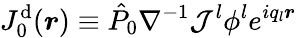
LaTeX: J_{0}^{\mathrm{d}}(\boldsymbol{r})\equiv\hat{P}_{0}\nabla^{-1}\mathcal{J}^{l}{\phi}^{l}e^{iq_{l}\boldsymbol{r}}